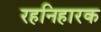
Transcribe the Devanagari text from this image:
रहनिहारक